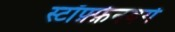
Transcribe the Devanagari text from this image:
स्टॉफ़्फ़ेनबर्ग